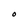
Character: O